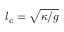
l _ { \mathrm { c } } = \sqrt { \kappa / g }